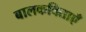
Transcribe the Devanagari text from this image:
बालकविताएँ